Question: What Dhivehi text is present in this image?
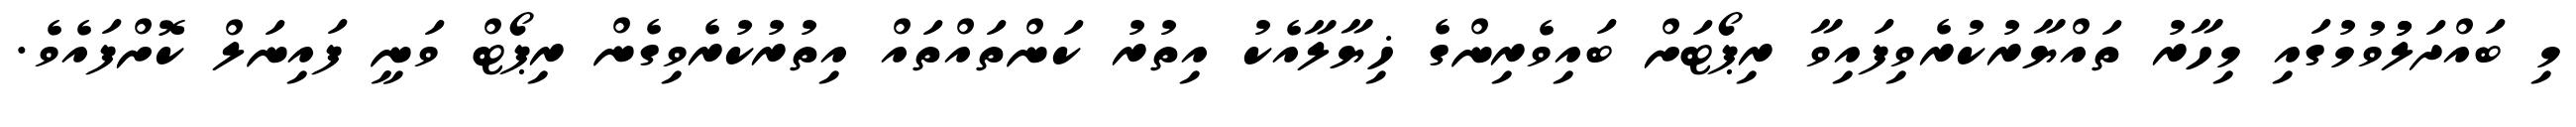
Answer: މި ބައްދަލުުވުމުގައި މިހާރު ތައްޔާރުކުރެވިފައިވާ ރިޕޯޓަށް ބައިވެރިންގެ ޚިޔާލާއެކު އިތުރު ކަންތައްތައް އިތުރުކުރެވިގެން ރިޕޯޓް ވަނީ ފައިނަލް ކޮށްފައެވެ.